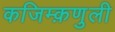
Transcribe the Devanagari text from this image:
कजिम्क़णुली